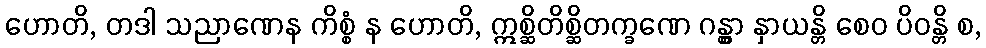
ဟောတိ, တဒါ သညာဏေန ကိစ္စံ န ဟောတိ, ဣစ္ဆိတိစ္ဆိတက္ခဏေ ဂန္တွာ နှာယန္တိ စေဝ ပိဝန္တိ စ,